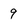
Character: 9